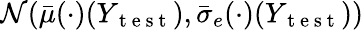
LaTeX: \mathcal{N}(\bar{\mu}(\cdot)(Y_{\mathrm{~t~e~s~t~}}),\bar{\sigma}_{e}(\cdot)(Y_{\mathrm{~t~e~s~t~}}))